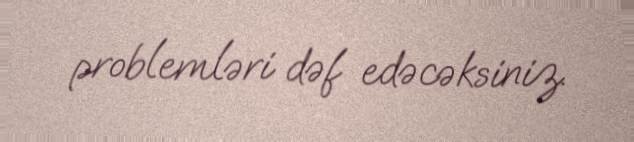
problemləri dəf edəcəksiniz.